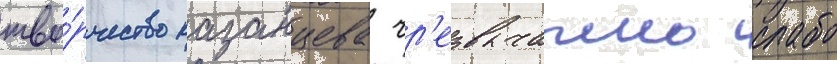
тво́рчество казанцева чр'езвычаино слабо